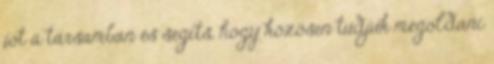
jót a társamban és segíts, hogy közösen tudjuk megoldani